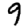
Digit: 9